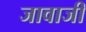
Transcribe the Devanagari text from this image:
जावाजी